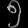
Digit: ၅